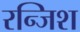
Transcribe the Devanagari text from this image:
रन्जिश